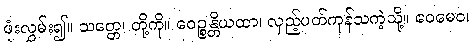
ဖုံးလွှမ်း၍။ သတ္တေ၊ တို့ကို။ ဝေဉ္စန္တိယထာ၊ လှည့်ပတ်ကုန်သကဲ့သို့။ ဧဝမေဝ၊